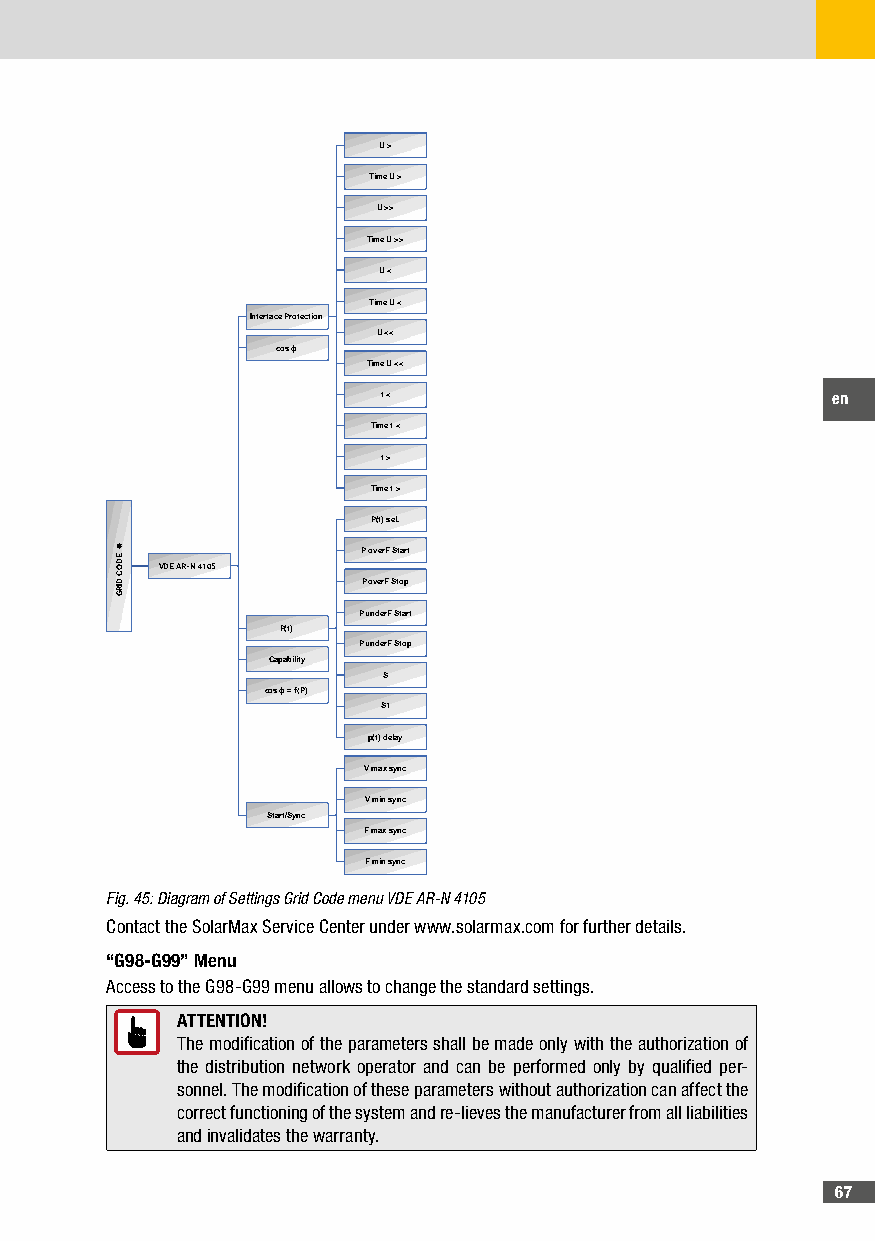
U >
 Time U >
 U >>
 Time U >>
 U <
 Time U <
 Interface Protection
 U <<
 cos ϕ
 Time U <<
 f <                           en
 Time f <
 f >
 Time f >
 P(f) sel.
 P overF Start
 VDE AR-N 4105
 P overF Stop
 P underF Start
 P(f)
 P underF Stop
 Capability
 S
 cos ϕ = f(P)
 S1
 p(f) delay
 V max sync
 V min sync
 Start/Sync
 F max sync
 F min sync
 Fig. 45: Diagram of Settings Grid Code menu VDE AR-N 4105
 Contact the SolarMax Service Center under www.solarmax.com for further details.
 “G98-G99” Menu
 Access to the G98-G99 menu allows to change the standard settings.
 ATTENTION!
 The modification of the parameters shall be made only with the authorization of
 the distribution network operator and can be performed only by qualified per-
 sonnel. The modification of these parameters without authorization can affect the
 correct functioning of the system and re-lieves the manufacturer from all liabilities
 and invalidates the warranty.
 67
 EDOC
 DIRG